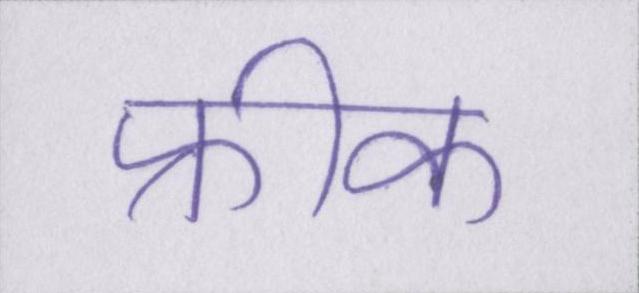
फ्रीक